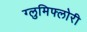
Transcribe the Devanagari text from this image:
ग्लुमिफ्लोरी